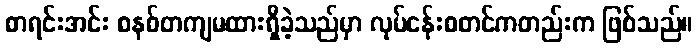
စာရင်းအင်း စနစ်တကျမထားရှိခဲ့သည်မှာ လုပ်ငန်းစတင်ကတည်းက ဖြစ်သည်။